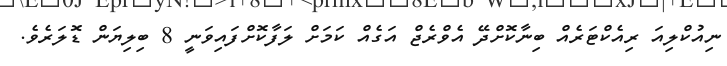
ނިއުކްލިއަ ރިއެކްޓަރެއް ބިނާކޮށްދޭ އެވްރެޖް އަގެއް ކަމަށް ލަފާކޮށްފައިވަނީ 8 ބިލިޔަން ޑޮލަރެވެ.